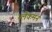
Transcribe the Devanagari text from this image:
ब्लैकमन